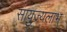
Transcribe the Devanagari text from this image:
सायुज्यलाभ